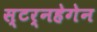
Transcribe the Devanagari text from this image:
स्टर्नहेगेन